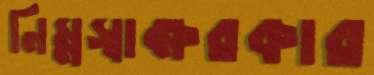
নিম্নস্বাক্ষরকার